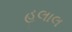
હલાલ